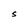
Character: S